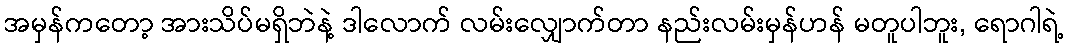
အမှန်ကတော့ အားသိပ်မရှိဘဲနဲ့ ဒါလောက် လမ်းလျှောက်တာ နည်းလမ်းမှန်ဟန် မတူပါဘူး, ရောဂါရဲ့